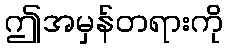
ဤအမှန်တရားကို